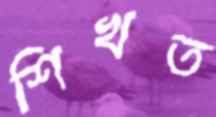
শিখত